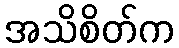
အသိစိတ်က